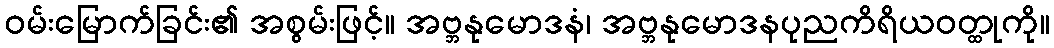
ဝမ်းမြောက်ခြင်း၏ အစွမ်းဖြင့်။ အဗ္ဘနုမောဒနံ၊ အဗ္ဘနုမောဒနပုညကိရိယဝတ္ထုကို။